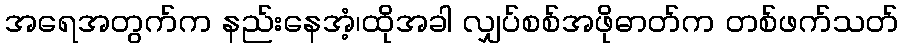
အရေအတွက်က နည်းနေအံ့၊ထိုအခါ လျှပ်စစ်အဖိုဓာတ်က တစ်ဖက်သတ်